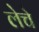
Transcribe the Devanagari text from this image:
लेचे